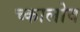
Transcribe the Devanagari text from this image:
च्कालोव